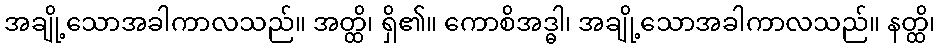
အချို့သောအခါကာလသည်။ အတ္ထိ၊ ရှိ၏။ ကောစိအဒ္ဓါ၊ အချို့သောအခါကာလသည်။ နတ္ထိ၊